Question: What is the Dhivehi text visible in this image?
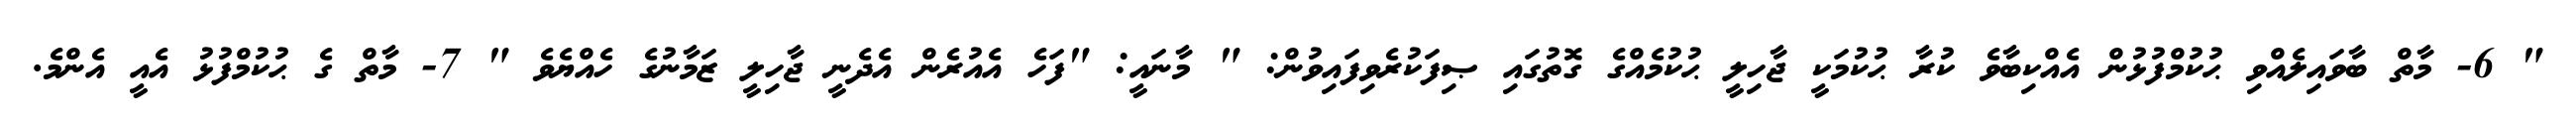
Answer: " 6- މާތް ބާވައިލެއްވި ޙުކުމްފުޅުން އެއްކިބާވެ ކުރާ ޙުކުމަކީ ޖާހިލީ ޙުކުމެއްގެ ގޮތުގައި ޞިފަކުރެވިފައިވުން: " މާނައީ: "ފަހެ އެއުރެން އެދެނީ ޖާހިލީ ޒަމާނުގެ ހެއްޔެވެ " 7- މާތް ގެ ޙުކުމްފުޅު އެއީ އެންމެ.